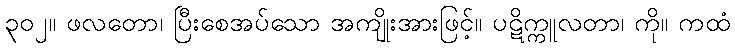
၃၀၂။ ဖလတော၊ ပြီးစေအပ်သော အကျိုးအားဖြင့်။ ပဋိက္ကူလတာ၊ ကို။ ကထံ